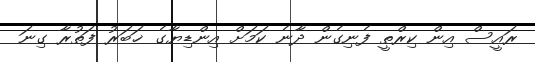
ރައީސް އިން ކިރްތީ ފެނިގެން ދާނެ ކަމަށް އިންޑިޔާގެ ޚަބަރު ފަތުރާ ގިނަ